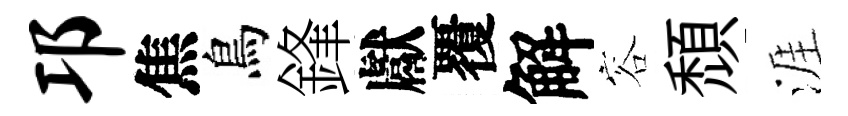
邛焦鳥鋒獻覆解容頹涯